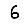
Digit: 6